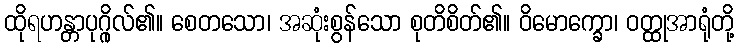
ထိုရဟန္တာပုဂ္ဂိုလ်၏။ စေတသော၊ အဆုံးစွန်သော စုတိစိတ်၏။ ဝိမောက္ခော၊ ဝတ္ထုအာရုံတို့